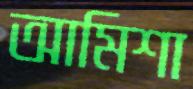
আমিশা